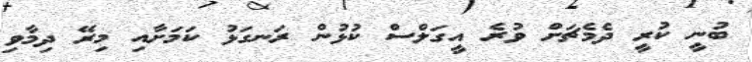
ބުނީ ކުރީ ދެމެޗަށް ވުރެ އީގަލްސް ކުޅުން ރަނގަޅު ކަމަށާއި މިރޭ ދިމާވި